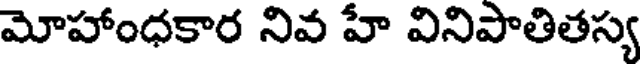
మోహాంధకార నివ హే వినిపాతితస్య